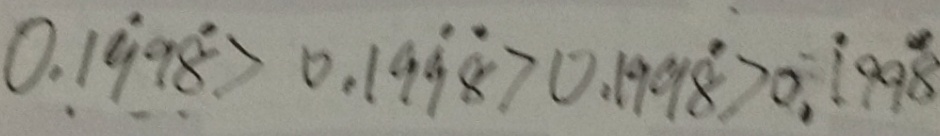
0 . 1 \dot { 9 } 9 \dot { 8 } > 0 . 1 9 \dot { 9 } \dot { 8 } > 0 . 1 9 9 \dot { 8 } > 0 . \dot { 1 } 9 9 \dot { 8 }